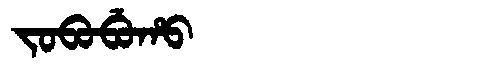
Manchu: ᠵᠣᠪᠣᠪᡠᡥᠣ
Romanization: JOBOBUHO